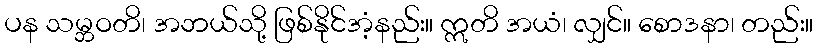
ပန သမ္ဘဝတိ၊ အဘယ်သို့ ဖြစ်နိုင်အံ့နည်း။ ဣတိ အယံ၊ လျှင်။ စောဒနာ၊ တည်း။